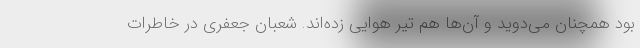
بود همچنان می‌دوید و آن‌ها هم تیر هوایی زده‌اند. شعبان جعفری در خاطرات